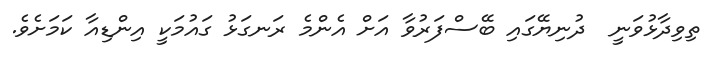
ތިވިދާޅުވަނީ  ދުނިޔޭގައި ބޭސްފަރުވާ އަށް އެންމެ ރަނގަޅު ގައުމަކީ އިންޑިއާ ކަމަށެވެ.